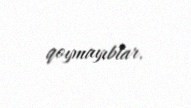
qoymayıblar.